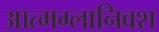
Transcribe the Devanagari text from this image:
आत्मग्लानिवश